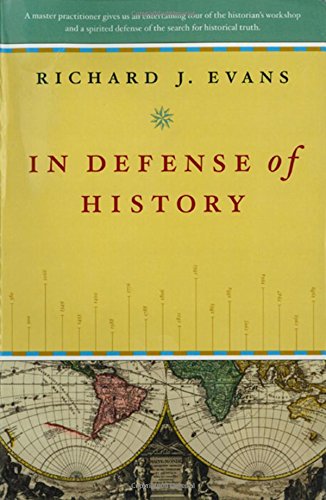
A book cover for In Defense of History; Richard J. Evans; History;